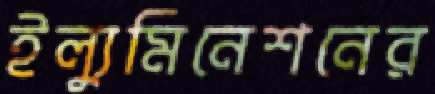
ইল্যুমিনেশনের